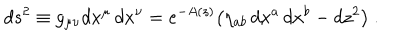
LaTeX: d s ^ { 2 } \equiv g _ { \mu \nu } d x ^ { \mu } \, d x ^ { \nu } = e ^ { - A ( z ) } \big ( \eta _ { a b } \, d x ^ { a } \, d x ^ { b } - d z ^ { 2 } \big ) \ .